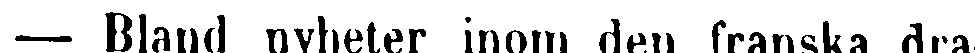
— Bland nyheter inom den franska dra-